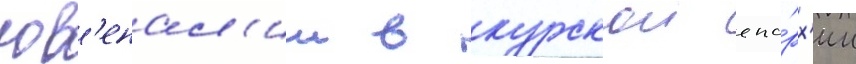
юв'енал'ии в курскои епа́рх'ии